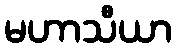
မဟာသီယာ